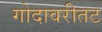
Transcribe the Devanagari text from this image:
गोदावरीतट